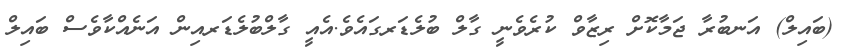
(ބައިލް) އަނބުރާ ޖަމާކޮށް ރިޒާވް ކުރެވެނީ ގާލް ބުލެޑަރގައެވެ.އެއީ ގާލްބުލެޑަރއިން އަނެއްކާވެސް ބައިލް